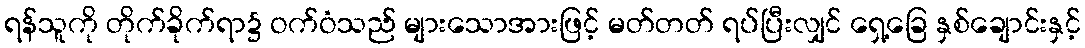
ရန်သူကို တိုက်ခိုက်ရာ၌ ဝက်ဝံသည် များသောအားဖြင့် မတ်တတ် ရပ်ပြီးလျှင် ရှေ့ခြေ နှစ်ချောင်းနှင့်